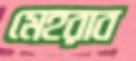
মেহরাব